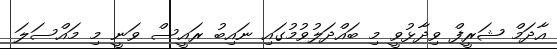
އާދަމް ޝަރީފް ވިދާޅުވީ މި ބައްދަލުވުމުގައި ނައިބު ރައީސް ވަނީ މި މައްސަލަ